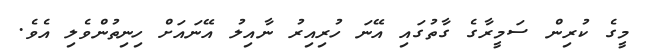
މީގެ ކުރިން ސަމީރާގެ ގާތުގައި އޭނަ ހުރިއިރު ނާއިލު އޭނައަށް ހިނިތުންވެލި އެވެ.